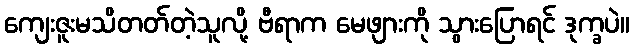
ကျေးဇူးမသိတတ်တဲ့သူလို့ ဗီရာက မေဖျားကို သွားပြောရင် ဒုက္ခပဲ။